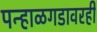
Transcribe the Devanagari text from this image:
पन्हाळगडावरही